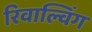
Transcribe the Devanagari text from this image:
रिवाल्विंग